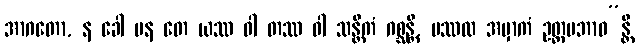
အာဂတော, န ခေါ ပန တေ ယဿ ဝါ တဿ ဝါ သန္တိကံ ဂစ္ဆန္တိ, ပဿထ အမှာကံ ဥတ္တမဘာဝ”န္တိ